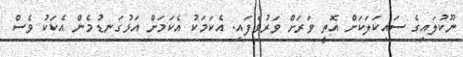
ނޫކުލައިގެ ސައިކަލަކަށް އޮތީ ވަރަށް ވަރުވެފައި. އެކަމަކު އެކަމަށް އަޅުގަނޑުމެން އެކަކު ވެސް